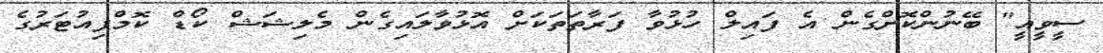
ސީވީއީ" ބޭނުންކޮށްގެން އެ ފައިލް ހުޅުވާ ފަރާތަތަކަށް އޮޅުވާލައިގެން މެލިޝަޝް ކޯޑް ކޮމްޕިއުޓަރުގެ